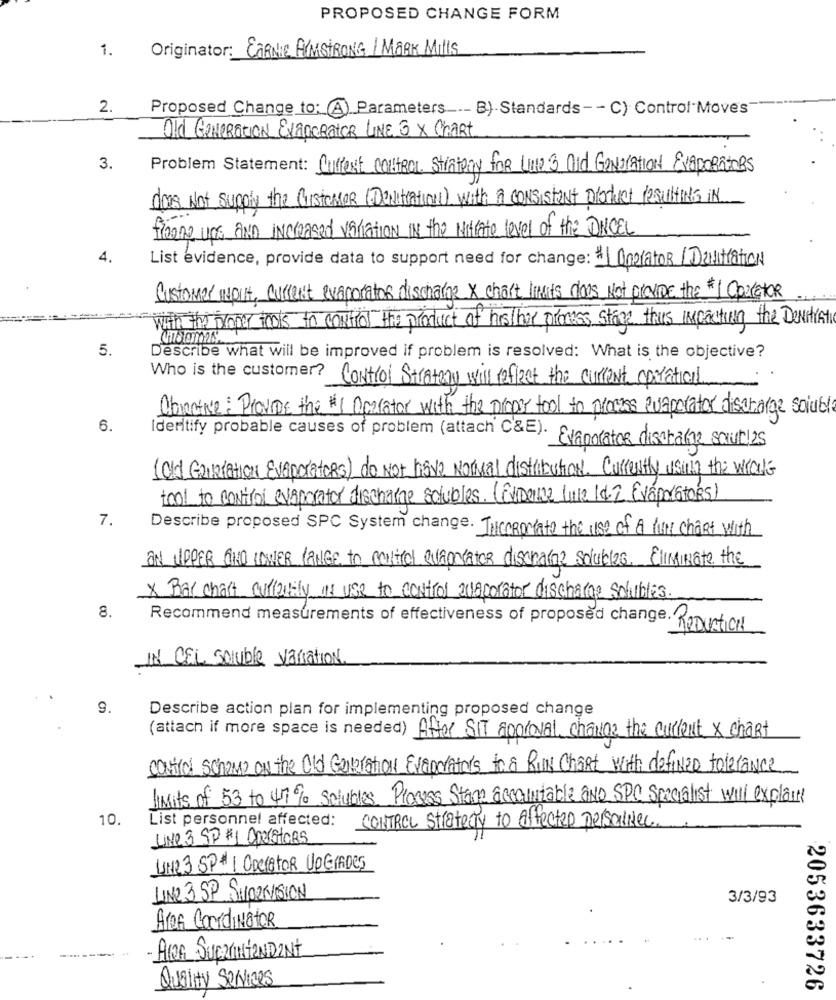
PROPOSED CHANGE FORM
1.
Originator: CARNE ARMSTRONG / MARK Mills
2.
Proposed Change to: (A) Parameters -- B)-Standards -- C) Control Move's
Old GENERATION EXandRatER LINE 3 X Chart
3.
Problem Statement: Current CONTROL Strategy for UND 3 Did Generation EVAPORATORS
does Not supply the Customer ( DeNitration) with a consistent Disduct resulting IN
A . - .
Theone ups AND increased variation in the Nitrate level of the DANCEL
4.
List evidence, provide data to support need for change: # 1 Operator / Damitration
Customer wolt, current evaporator discharge X chart limits does Not provide the *1 Operator
with the proper tools to control the product of his/ her process stage this impacting the Dentist
5.
Describe what will be improved if problem is resolved: What is the objective?
Who is the customer? Control Strategy will reflect the current coration
Obiactive: Provide the $1 Operator with the proper tool to prowes evaporator discharge solute
6.
Ideritify probable causes of problem (attach C&E). Evaporator disarabe saluti2s
(Old Gustation Evaporators) do Not lisve Normal distribution. Currently using the whale
tool to control evaporator discharge solubles. (Evidence lule 14.2 Evaporators)
7.
Describe proposed SPC System change. TrccRomato the use of A lume chart with
an UPPER GINO LOWER LANGE to routed avantator dischaFER solubles. Eliminate the
X Bar chart currently os use to control avecorator discharge solubles.
8.
Recommend measurements of effectiveness of proposed change. Retention
IN CEL soluble variation
9.
Describe action plan for implementing proposed change
(attach if more space is needed) After SIT approval change the current x chart
control scheme on the Old Generation Evendators to & RUN Chart with defined tolerance
limits of 53 to 47% solubles Process Stane accountable AND SPC Specialist will explain
10
List personnel affected:
CONTROL Strategy to affected personnes.
LINE 3 SP #1 Operators
LINE 3 SP # 1 ODERATOR UPGRADES
LINE 3 SP SHORNVISION
3/3/93
Area Coordinator
ARA SURLAINTENDENT
Quality Services
2053633726